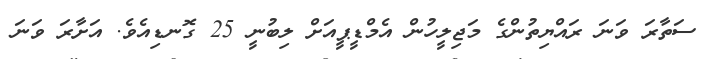
ސަތާރަ ވަނަ ރައްޔިތުންގެ މަޖިލީހުން އެމްޑީޕީއަށް ލިބުނީ 25 ގޮނޑިއެވެ. އަށާރަ ވަނަ